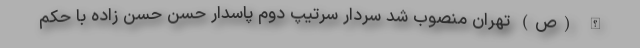
الله (ص) تهران منصوب شد سردار سرتیپ دوم پاسدار حسن حسن زاده با حکم